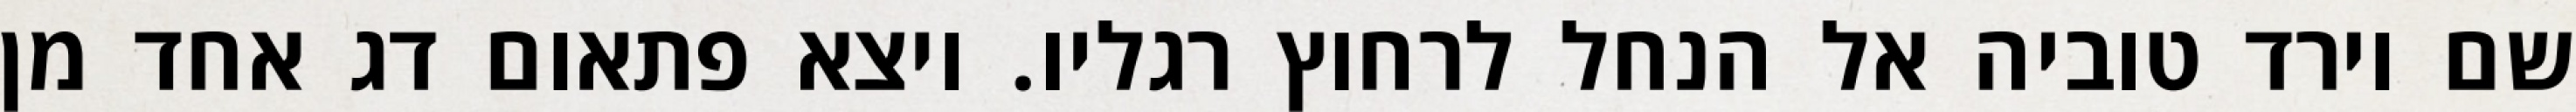
שם וירד טוביה אל הנחל לרחוץ רגליו. ויצא פתאום דג אחד מן